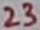
Text: 23